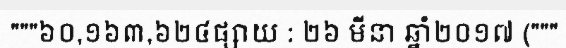
"""៦០,១៦៣,៦២៤ផ្សាយ : ២៦ មីនា ឆ្នាំ២០១៧ ("""